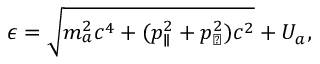
\begin{array} { r } { \epsilon = \sqrt { m _ { a } ^ { 2 } c ^ { 4 } + ( p _ { \parallel } ^ { 2 } + p _ { \perp } ^ { 2 } ) c ^ { 2 } } + U _ { a } , } \end{array}